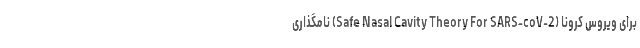
برای ویروس کرونا (Safe Nasal Cavity Theory For SARS-coV-2) نامگذاری